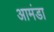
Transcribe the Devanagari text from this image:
आमंडा